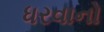
ધરવાનો